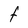
Character: F